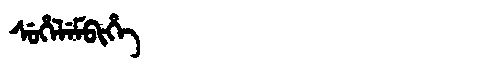
Manchu: ᠰᡠᡥᡝᠯᡝᠮᠪᡳᡥᡝ
Romanization: SUHELEMBIHE